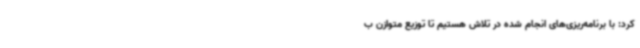
کرد: با برنامه‌ریزی‌های انجام شده در تلاش هستیم تا توزیع متوازن ب